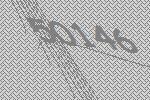
50146